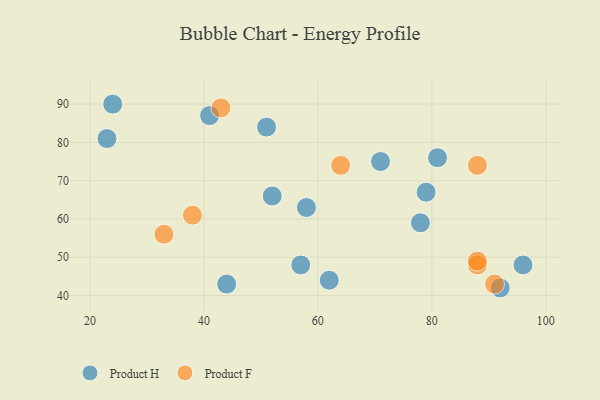
{"axis": {"x": "GDP", "y": "Life Expectancy"}, "legend": ["Product F", "Product H"], "data": [{"x": "41", "y": 87, "type": "Product H"}, {"x": "92", "y": 42, "type": "Product H"}, {"x": "62", "y": 44, "type": "Product H"}, {"x": "79", "y": 67, "type": "Product H"}, {"x": "24", "y": 90, "type": "Product H"}, {"x": "23", "y": 81, "type": "Product H"}, {"x": "78", "y": 59, "type": "Product H"}, {"x": "57", "y": 48, "type": "Product H"}, {"x": "44", "y": 43, "type": "Product H"}, {"x": "58", "y": 63, "type": "Product H"}, {"x": "71", "y": 75, "type": "Product H"}, {"x": "96", "y": 48, "type": "Product H"}, {"x": "81", "y": 76, "type": "Product H"}, {"x": "52", "y": 66, "type": "Product H"}, {"x": "51", "y": 84, "type": "Product H"}, {"x": "64", "y": 74, "type": "Product F"}, {"x": "91", "y": 43, "type": "Product F"}, {"x": "88", "y": 48, "type": "Product F"}, {"x": "88", "y": 74, "type": "Product F"}, {"x": "43", "y": 89, "type": "Product F"}, {"x": "33", "y": 56, "type": "Product F"}, {"x": "88", "y": 49, "type": "Product F"}, {"x": "38", "y": 61, "type": "Product F"}]}